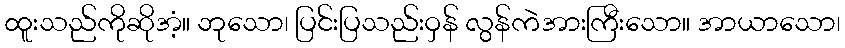
ထူးသည်ကိုဆိုအံ့။ ဘုသော၊ ပြင်းပြသည်းဝှန် လွန်ကဲအားကြီးသော။ အာယာသော၊